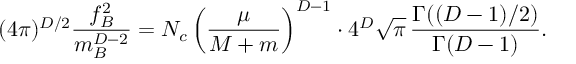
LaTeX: ( 4 \pi ) ^ { D / 2 } \frac { f _ { B } ^ { 2 } } { m _ { B } ^ { D - 2 } } = N _ { c } \left( \frac { \mu } { M + m } \right) ^ { D - 1 } \cdot 4 ^ { D } \sqrt { \pi } \, \frac { \Gamma ( ( D - 1 ) / 2 ) } { \Gamma ( D - 1 ) } .